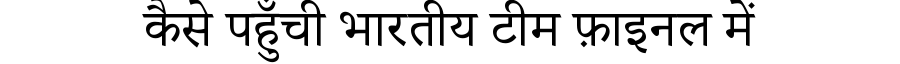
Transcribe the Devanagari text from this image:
कैसे पहुँची भारतीय टीम फ़ाइनल में